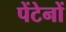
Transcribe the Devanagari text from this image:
पेंटेनों